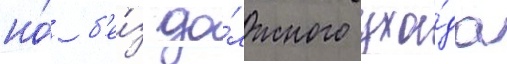
но́ б'е́з до́лжного ухо́да